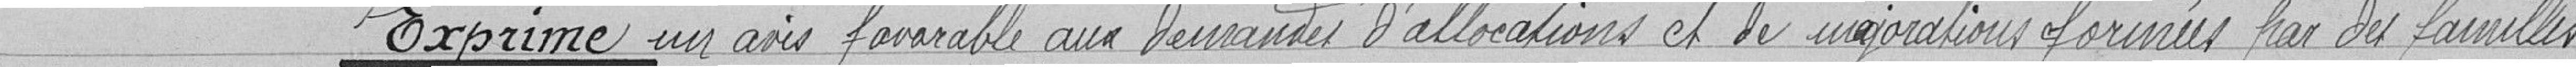
Exprime un avis favorable aux demandes d'allocations et de majorations formées par des familles